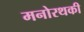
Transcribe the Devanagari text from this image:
मनोरथकी